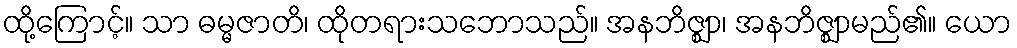
ထို့ကြောင့်။ သာ ဓမ္မဇာတိ၊ ထိုတရားသဘောသည်။ အနဘိဇ္ဈာ၊ အနဘိဇ္ဈာမည်၏။ ယော